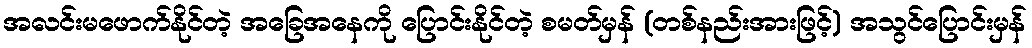
အလင်းမဖောက်နိုင်တဲ့ အခြေအနေကို ပြောင်းနိုင်တဲ့ စမတ်မှန် (တစ်နည်းအားဖြင့်) အသွင်ပြောင်းမှန်